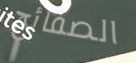
الصفائح